Subject: math
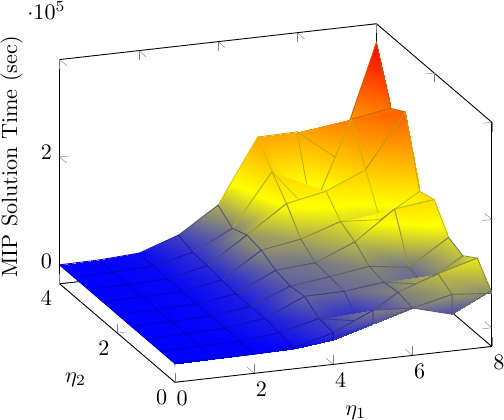
LaTeX code:
          \begin{tikzpicture}[scale=0.8]
\begin{axis}[xlabel=$\eta_1$,ylabel=$\eta_2$, zlabel = MIP Solution Time (sec), view = {-20}{25} ]

\addplot3[
    surf, , fill= white, shader=faceted interp
]
coordinates {
	(0,0,78.2609666666667)	(0,0.0001,119.009366666667)	(0,0.5,362.925333333333)	(0,1,389.018666666667)	(0,1.5,436.761666666667)	(0,2,463.939)	(0,2.5,516.122666666667)	(0,3,600.634)	(0,3.5,598.32)	(0,4,765.489333333333)

(0.0001,0,122.776033333333)	(0.0001,0.0001,199.658333333333)	(0.0001,0.5,279.464666666667)	(0.0001,1,340.414333333333)	(0.0001,1.5,334.478666666667)	(0.0001,2,420.893)	(0.0001,2.5,513.894)	(0.0001,3,582.069666666667)	(0.0001,3.5,588.393666666667)	(0.0001,4,653.032666666667)

(1,0,487.260666666667)	(1,0.0001,679.534333333333)	(1,0.5,829.199333333333)	(1,1,883.392)	(1,1.5,1164.225)	(1,2,958.382333333333)	(1,2.5,1426.53666666667)	(1,3,1275.78933333333)	(1,3.5,1624.35966666667)	(1,4,1430.951)

(2,0,945.331)	(2,0.0001,1168.51366666667)	(2,0.5,1738.06666666667)	(2,1,3487.493)	(2,1.5,3621.37933333333)	(2,2,2931.065)	(2,2.5,3226.22333333333)	(2,3,3531.65)	(2,3.5,4697.15666666667)	(2,4,5582.77)

(3,0,2712.80566666667)	(3,0.0001,3516.418)	(3,0.5,9638.75833333333)	(3,1,13276.8166666667)	(3,1.5,12486.55)	(3,2,13629.4466666667)	(3,2.5,15674.88)	(3,3,19647.43)	(3,3.5,21743.4433333333)	(3,4,30673.6333333333)

(4,0,11265.0766666667)	(4,0.0001,23860.1366666667)	(4,0.5,27521.31)	(4,1,45747.3033333333)	(4,1.5,41840.5666666667)	(4,2,48428.7666666667)	(4,2.5,62677.8566666667)	(4,3,68066.5166666667)	(4,3.5,57730.0133333333)	(4,4,77779.4966666667)

(5,0,32704.5733333333)	(5,0.0001,57125.98)	(5,0.5,14501.8366666667)	(5,1,46661.3)	(5,1.5,50911.1833333333)	(5,2,54073.5133333333)	(5,2.5,74930.84)	(5,3,117817.3)	(5,3.5,153936.666666667)	(5,4,195406.966666667)

(6,0,53221.9533333333)	(6,0.0001,52904.3333333333)	(6,0.5,59363.5333333333)	(6,1,55342.21)	(6,1.5,61922.3566666667)	(6,2,84270.85)	(6,2.5,99218.8)	(6,3,132393.3)	(6,3.5,69703.4666666667)	(6,4,196790.4)

(7,0,33218.5)	(7,0.0001,70065.0333333333)	(7,0.5,85757.8666666667)	(7,1,43276.1)	(7,1.5,52072.3766666667)	(7,2,136591.433333333)	(7,2.5,94349.6333333333)	(7,3,163934.133333333)	(7,3.5,234442.033333333)	(7,4,139482.2)

(8,0,69412.8)	(8,0.0001,63710.3366666666)	(8,0.5,105944.8)	(8,1,87630.6)	(8,1.5,98539.5666666667)	(8,2,145945.533333333)	(8,2.5,138291.733333333)	(8,3,262504.1)	(8,3.5,246146.5)	(8,4,345409)

};
\end{axis}
\end{tikzpicture}